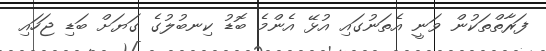
ފަރާތްތަކުން ވަނީ އެތަނުގައި އުޅޭ އެންމެ ބޮޑު ކިނބުލުގެ ގަޔަށް ބަޑި ޖަހައި